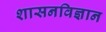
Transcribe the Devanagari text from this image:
शासनविज्ञान